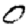
Digit: 0